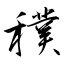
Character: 穙